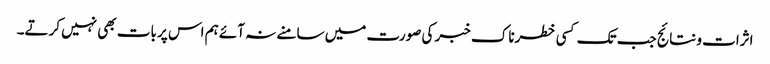
اثرات و نتائج جب تک کسی خطرناک خبر کی صورت میں سامنے نہ آئے ہم اس پر بات بھی نہیں کرتے۔